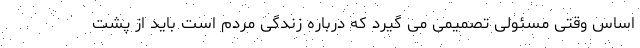
اساس وقتی مسئولی تصمیمی می گیرد که درباره زندگی مردم است باید از پشت